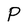
Character: P